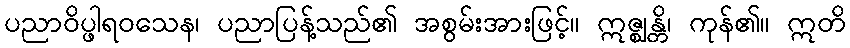
ပညာဝိပ္ဖါရဝသေန၊ ပညာပြန့်သည်၏ အစွမ်းအားဖြင့်။ ဣဇ္ဈန္တိ၊ ကုန်၏။ ဣတိ